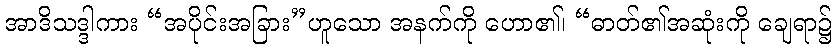
အာဒိသဒ္ဒါကား “အပိုင်းအခြား”ဟူသော အနက်ကို ဟော၏၊ “ဓာတ်၏အဆုံးကို ချေရာ၌